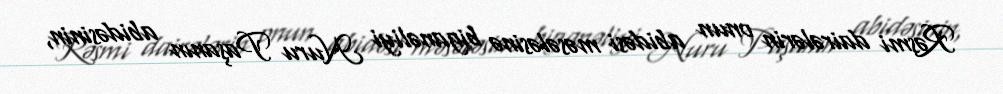
Rəsmi dairələrin onun abidəsi məsələsinə biganəliyi Nuru Paşanın abidəsinin,